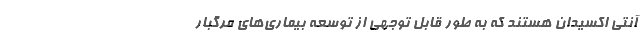
آنتی اکسیدان هستند که به طور قابل توجهی از توسعه بیماری‌های مرگبار